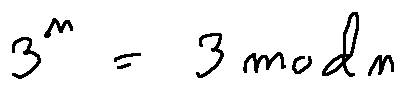
3 ^ { n } = 3 m o d n